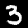
Digit: 3